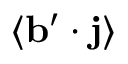
\langle { { \bf { b } } ^ { \prime } \cdot { \bf { j } } } \rangle